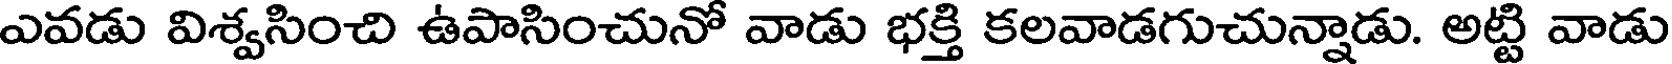
ఎవడు విశ్వసించి ఉపాసించునో వాడు భక్తి కలవాడగుచున్నాడు. అట్టి వాడు